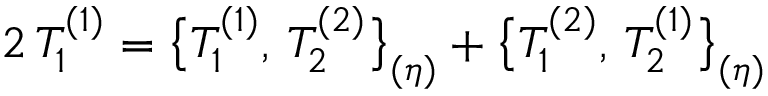
2 \, T _ { 1 } ^ { ( 1 ) } = \bigl \{ T _ { 1 } ^ { ( 1 ) } , \, T _ { 2 } ^ { ( 2 ) } \bigr \} _ { ( \eta ) } + \bigl \{ T _ { 1 } ^ { ( 2 ) } , \, T _ { 2 } ^ { ( 1 ) } \bigr \} _ { ( \eta ) }